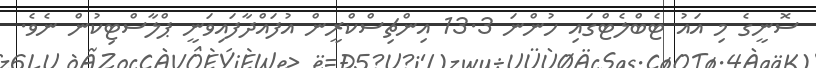
ސޮނީގެ މި އައު ޓެބްލެޓްގައި ހުންނަ 13.3 އިންޗިސްކްރީން އުފައްދާފައިވަނީ ޕްލާސްޓިކުން ނެވެ.